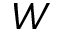
W